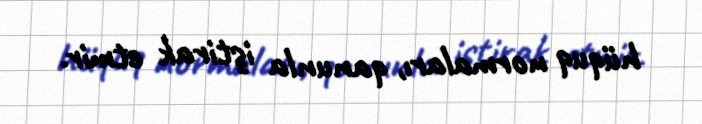
hüquq normaları, qanunla iştirak etmir.